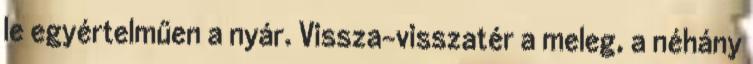
le egyértelműen a nyár. Vissza-visszatér a meleg, a néhány